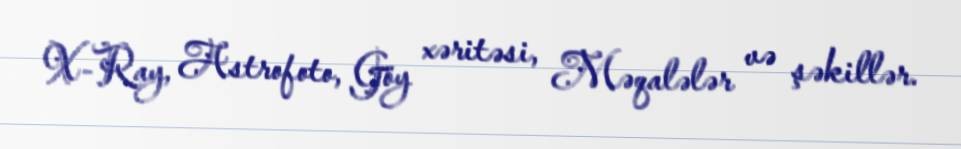
X-Ray, Astrofoto, Göy xəritəsi, Məqalələr və şəkillər.